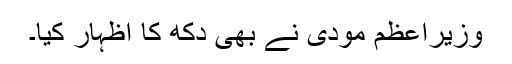
وزیراعظم مودی نے بھی دکھ کا اظہار کیا۔